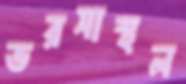
ভরসাস্থল